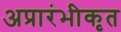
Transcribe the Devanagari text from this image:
अप्रारंभीकृत